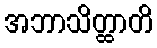
အဘာသိတ္ထာတိ